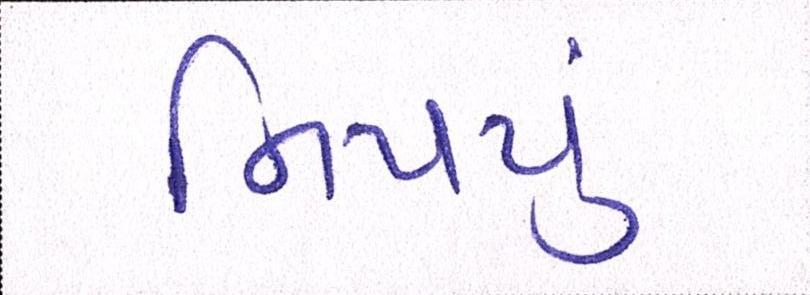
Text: નિપયું